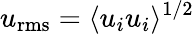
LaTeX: u_{\mathrm{rms}}=\langle u_{i}u_{i}\rangle^{1/2}